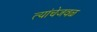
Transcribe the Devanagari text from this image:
त्यांचेजवळ